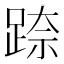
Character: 𮛢